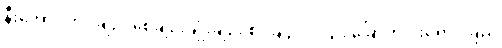
နီးအောင်ကပ်ချဉ်း စေ့ချဉ်းချုံးချဉ်း စပ်ချဉ်ပင့်ငြား ခြောက်ပါးရောင်ခြည်